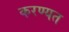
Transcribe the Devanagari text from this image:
करण्यत